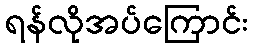
ရန်လိုအပ်ကြောင်း